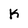
Character: k